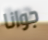
جوانا